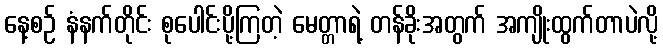
နေ့စဉ် နံနက်တိုင်း စုပေါင်းပို့ကြတဲ့ မေတ္တာရဲ့ တန်ခိုးအတွက် အကျိုးထွက်တာပဲလို့